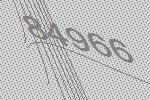
84966